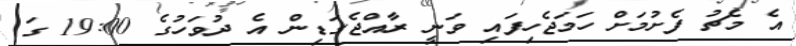
އެ މެޗު ފެށުމަށް ހަމަޖެހިފައި ވަނީ ރާއްޖެގަޑިން އެ ދުވަހުގެ 19:00 ގަ